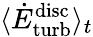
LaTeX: \langle\dot{E}_{\mathrm{turb}}^{\mathrm{disc}}\rangle_{t}